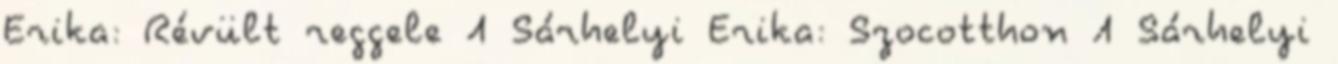
Erika: Révült reggele 1 Sárhelyi Erika: Szocotthon 1 Sárhelyi